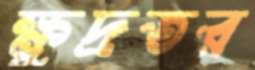
ক্ষুদ্রতর